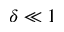
\delta \ll 1